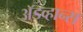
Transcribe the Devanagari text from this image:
अॅडव्हान्स